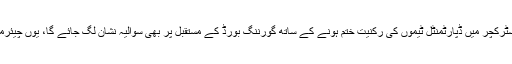
پی سی بی نے ایک رکن نعمان بٹ کو معطل کرتے ہوئے انضباطی کارروائی کا آغاز بھی کردیا، نئے اسٹرکچر میں ڈپارٹمنٹل ٹیموں کی رکنیت ختم ہونے کے ساتھ گورننگ بورڈ کے مستقبل پر بھی سوالیہ نشان لگ جائے گا، یوں چیئرمین پی سی بی احسان مانی جس باڈی کے ووٹس سے منتخب ہو کر آئے وہ خود ہی بے معنی ہوجائے گی۔